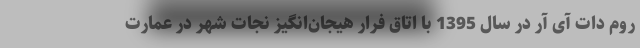
روم دات آی آر در سال 1395 با اتاق فرار هیجان‌انگیز نجات شهر در عمارت